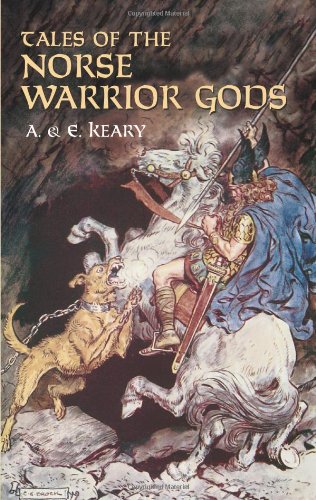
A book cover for Tales of the Norse Warrior Gods: The Heroes of Asgard; Annie Keary; Children's Books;